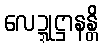
လေဍ္ဍုဋ္ဌာနန္တိ